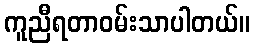
ကူညီရတာဝမ်းသာပါတယ်။